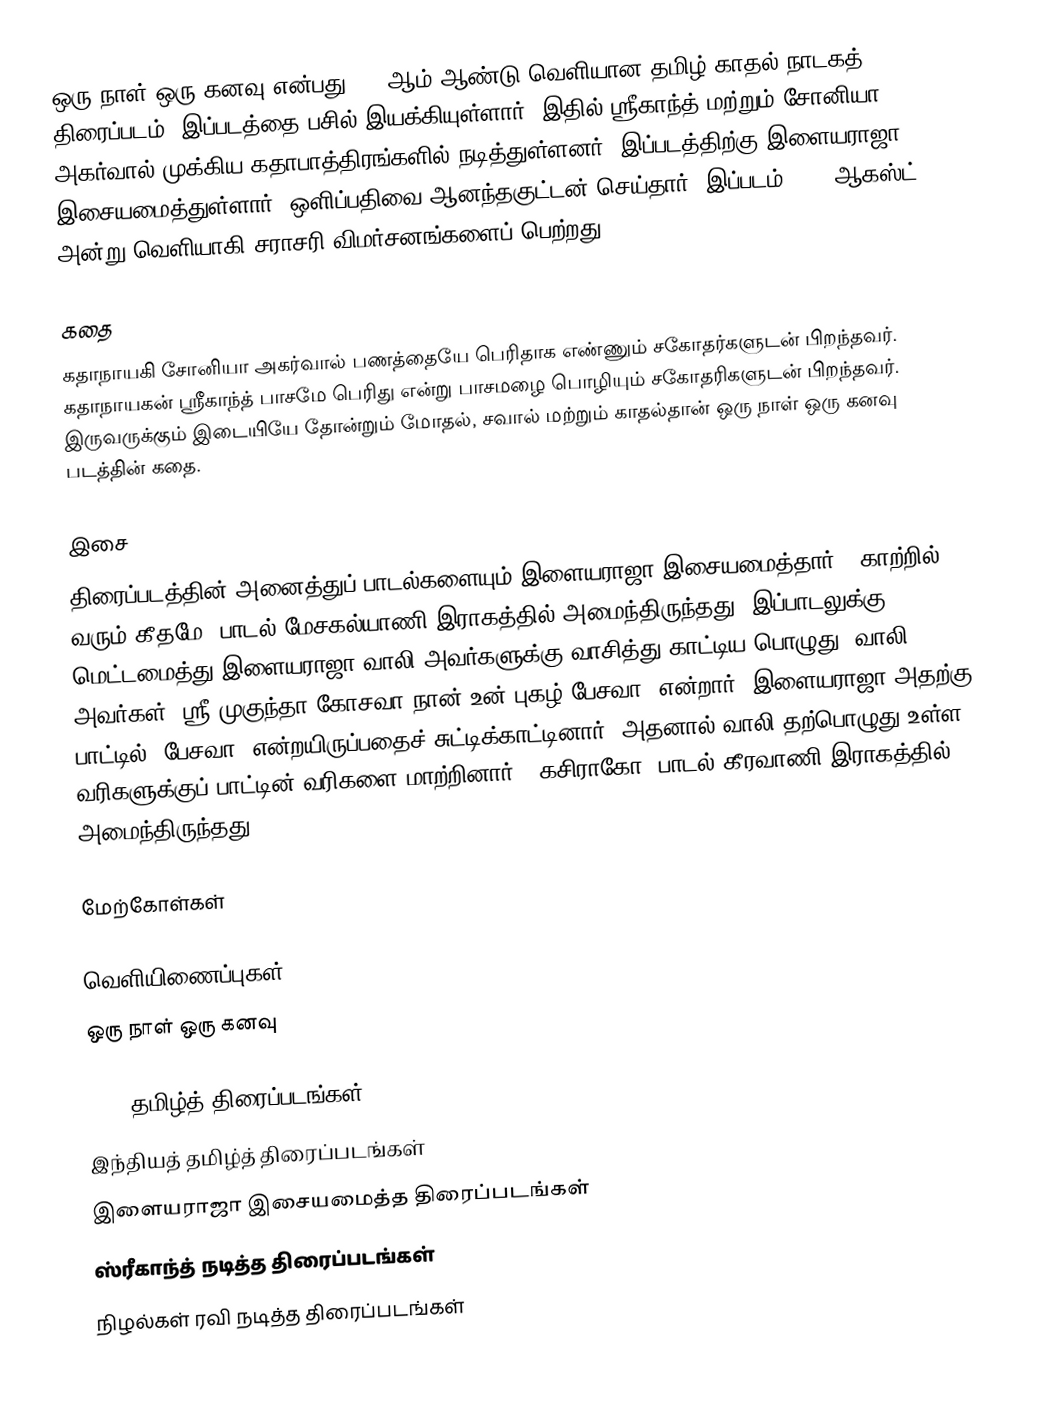
ஒரு நாள் ஒரு கனவு என்பது 2005ஆம் ஆண்டு வெளியான தமிழ் காதல் நாடகத் திரைப்படம். இப்படத்தை பசில் இயக்கியுள்ளார். இதில் ஸ்ரீகாந்த் மற்றும் சோனியா அகர்வால் முக்கிய கதாபாத்திரங்களில் நடித்துள்ளனர். இப்படத்திற்கு இளையராஜா இசையமைத்துள்ளார். ஒளிப்பதிவை ஆனந்தகுட்டன் செய்தார்.  இப்படம் 2005 ஆகஸ்ட் 26 அன்று வெளியாகி சராசரி விமர்சனங்களைப் பெற்றது.

கதை
கதாநாயகி சோனியா அகர்வால் பணத்தையே பெரிதாக எண்ணும் சகோதர்களுடன் பிறந்தவர். கதாநாயகன் ஸ்ரீகாந்த் பாசமே பெரிது என்று பாசமழை பொழியும் சகோதரிகளுடன் பிறந்தவர். இருவருக்கும் இடையியே தோன்றும் மோதல், சவால் மற்றும் காதல்தான் ஒரு நாள் ஒரு கனவு படத்தின் கதை.

இசை
திரைப்படத்தின் அனைத்துப் பாடல்களையும் இளையராஜா இசையமைத்தார். "காற்றில் வரும் கீதமே" பாடல் மேசகல்யாணி இராகத்தில் அமைந்திருந்தது. இப்பாடலுக்கு மெட்டமைத்து இளையராஜா வாலி அவர்களுக்கு வாசித்து காட்டிய பொழுது, வாலி அவர்கள் "ஸ்ரீ முகுந்தா கோசவா நான் உன் புகழ் பேசவா" என்றார். இளையராஜா அதற்கு பாட்டில் 'பேசவா' என்றயிருப்பதைச் சுட்டிக்காட்டினார். அதனால் வாலி தற்பொழுது உள்ள வரிகளுக்குப் பாட்டின் வரிகளை மாற்றினார். "கசிராகோ" பாடல் கீரவாணி இராகத்தில் அமைந்திருந்தது.

மேற்கோள்கள்

வெளியிணைப்புகள்
ஒரு நாள் ஒரு கனவு

2005 தமிழ்த் திரைப்படங்கள்
இந்தியத் தமிழ்த் திரைப்படங்கள்
இளையராஜா இசையமைத்த திரைப்படங்கள்
ஸ்ரீகாந்த் நடித்த திரைப்படங்கள்
நிழல்கள் ரவி நடித்த திரைப்படங்கள்